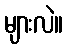
များလဲ။